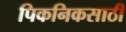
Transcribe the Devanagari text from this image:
पिकनिकसाठी